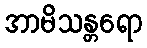
အာမိသန္တရော